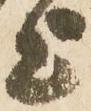
上